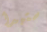
ستبدأ